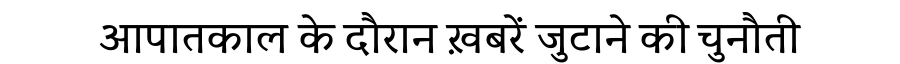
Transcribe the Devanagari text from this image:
आपातकाल के दौरान ख़बरें जुटाने की चुनौती